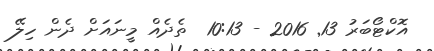
އޮކްޓޯބަރު 13